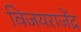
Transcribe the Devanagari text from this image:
विजयराजेंद्र